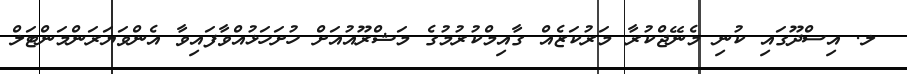
_ ލ. އިސްދޫގައި ކުނި މެނޭޖްކުރާ މަރުކަޒެއް ގާއިމްކުރުމުގެ މަޝްރޫއުއަށް ހުށަހަޅުއްވާފައިވާ އެންވަޔަރަންމަންޓަލް